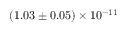
( 1 . 0 3 \pm 0 . 0 5 ) \times 1 0 ^ { - 1 1 }